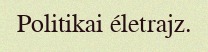
Politikai életrajz.